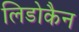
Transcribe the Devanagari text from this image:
लिडोकैन